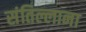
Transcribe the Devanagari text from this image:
संतिल्लाना